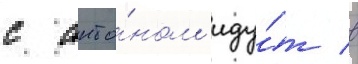
с анто́ном иду́т в